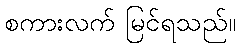
စကားလက် မြင်ရသည်။